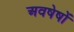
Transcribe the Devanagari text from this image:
अवषेषों